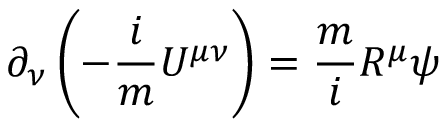
\partial _ { \nu } \left( - \frac { i } { m } U ^ { \mu \nu } \right) = \frac { m } { i } R ^ { \mu } \psi